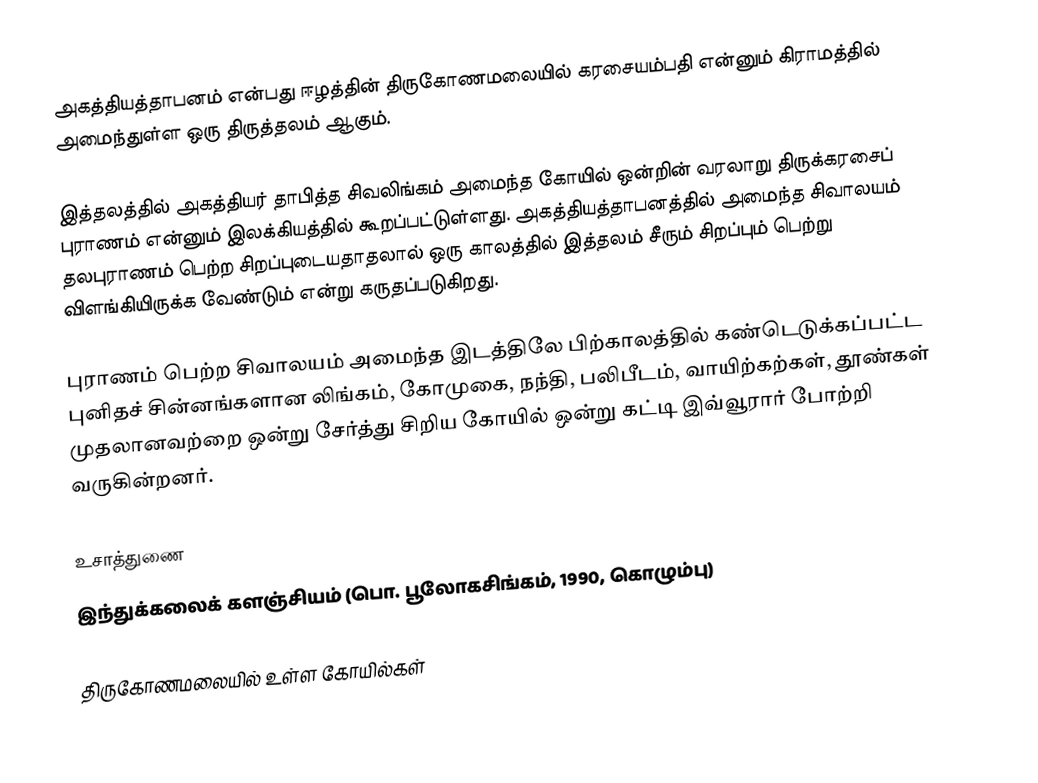
அகத்தியத்தாபனம் என்பது ஈழத்தின் திருகோணமலையில் கரசையம்பதி என்னும் கிராமத்தில் அமைந்துள்ள ஒரு திருத்தலம் ஆகும்.

இத்தலத்தில் அகத்தியர் தாபித்த சிவலிங்கம் அமைந்த கோயில் ஒன்றின் வரலாறு திருக்கரசைப் புராணம் என்னும் இலக்கியத்தில் கூறப்பட்டுள்ளது. அகத்தியத்தாபனத்தில் அமைந்த சிவாலயம் தலபுராணம் பெற்ற சிறப்புடையதாதலால் ஒரு காலத்தில் இத்தலம் சீரும் சிறப்பும் பெற்று விளங்கியிருக்க வேண்டும் என்று கருதப்படுகிறது.

புராணம் பெற்ற சிவாலயம் அமைந்த இடத்திலே பிற்காலத்தில் கண்டெடுக்கப்பட்ட புனிதச் சின்னங்களான லிங்கம், கோமுகை, நந்தி, பலிபீடம், வாயிற்கற்கள், தூண்கள் முதலானவற்றை ஒன்று சேர்த்து சிறிய கோயில் ஒன்று கட்டி இவ்வூரார் போற்றி வருகின்றனர்.

உசாத்துணை
 இந்துக்கலைக் களஞ்சியம் (பொ. பூலோகசிங்கம், 1990, கொழும்பு)

திருகோணமலையில் உள்ள கோயில்கள்